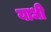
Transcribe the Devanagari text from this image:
याधी